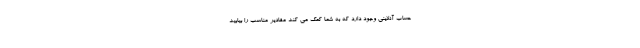
حساب آنلاینی وجود دارد که به شما کمک می کند مقادیر مناسب را بیابید